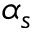
\alpha _ { s }